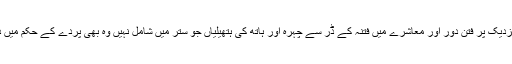
بعض فقہاء کے نزدیک پر فتن دور اور معاشرے میں فتنہ کے ڈر سے چہرہ اور ہاتھ کی ہتھیلیاں جو ستر میں شامل نہیں وہ بھی پردے کے حکم میں داخل ہو جاتی ہیں۔